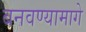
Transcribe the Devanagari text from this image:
बनवण्यामागे